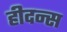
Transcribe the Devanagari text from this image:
हीदन्स